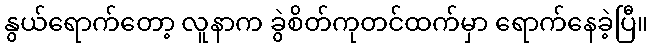
နွယ်ရောက်တော့ လူနာက ခွဲစိတ်ကုတင်ထက်မှာ ရောက်နေခဲ့ပြီ။